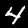
Digit: 4